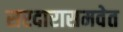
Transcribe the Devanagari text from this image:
सरदारासमवेत